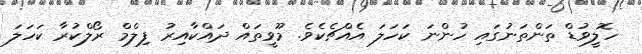
ހޮލީވުޑް ތަންތަނުގައި ހުންނަ ކަހަލަ އެއްޗެކެވެ. މޫވީތައް ދައްކާއިރު ފިލްމް ރޯލްކުރާ ކަހަލަ